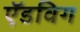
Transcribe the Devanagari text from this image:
ऍडविग